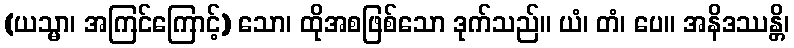
(ယသ္မာ၊ အကြင်ကြောင့်) သော၊ ထိုအစဖြစ်သော ဒုက်သည်။ ယံ၊ တံ၊ ပေ။ အနိဒဿန္တိ၊